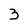
Character: 3